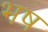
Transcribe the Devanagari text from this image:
भष